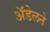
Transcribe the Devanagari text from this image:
अॅडेलने